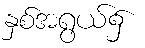
နှစ်အရွယ်၌